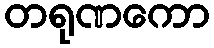
တရုဏကော